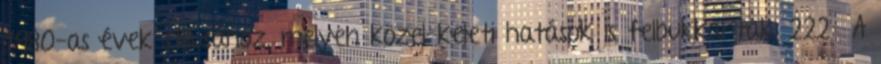
1980-as évek stílusához, melyen közel-keleti hatások is felbukkantak. 222 A